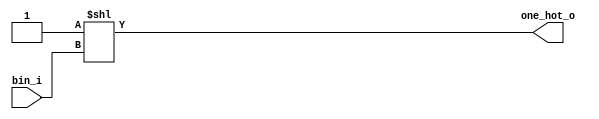
module one_hot(bin_i,one_hot_o);
parameter BIN_W=4;//bit size
parameter ONE_HOT_W=16;//4^2 states
input   [BIN_W-1:0]     bin_i;
 output  reg [ONE_HOT_W-1:0] one_hot_o;//output

  assign one_hot_o = 1'b1<<bin_i;//shifting

endmodule